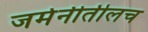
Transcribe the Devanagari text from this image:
जर्मनीतीलच